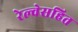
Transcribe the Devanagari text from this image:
रेल्वेसहित